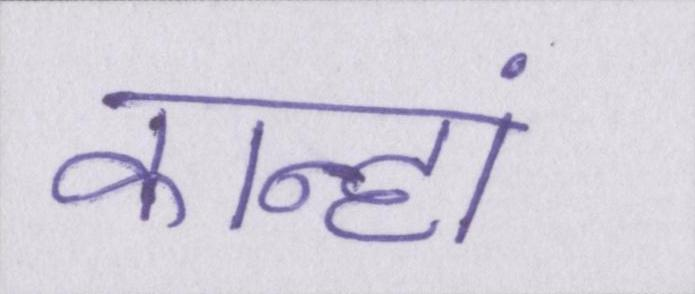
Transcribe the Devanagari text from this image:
कान्हां